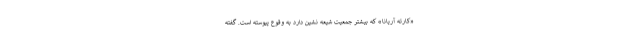
«کارته آریانا» که بیشتر جمعیت شیعه نشین دارد به وقوع پیوسته است. گفته